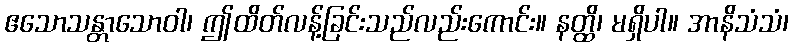
ဧသောသန္တာသောဝါ၊ ဤထိတ်လန့်ခြင်းသည်လည်းကောင်း။ နတ္ထိ၊ မရှိပါ။ အာနိသံသံ၊